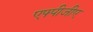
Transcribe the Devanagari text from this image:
एफ्पीजीए